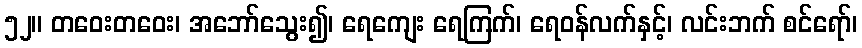
၅၂။ တဝေးတဝေး၊ အဘော်သွေး၍၊ ရေကျေး ရေကြက်၊ ရေဝန်လက်နှင့်၊ လင်းဘက် စင်ရော်၊